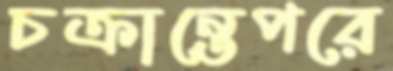
চক্রান্তেপরে